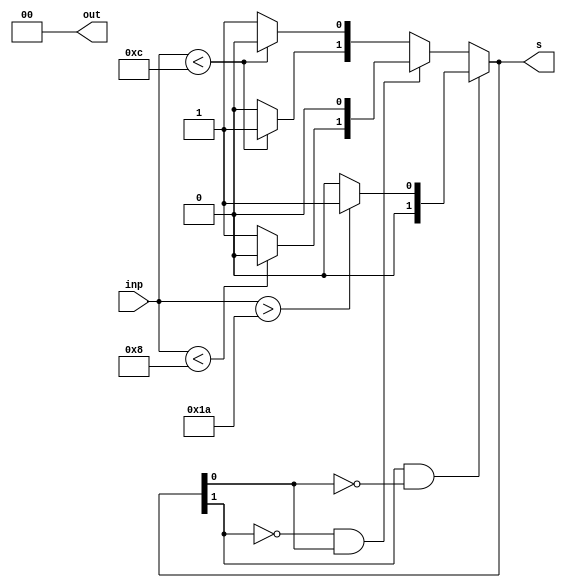
`timescale 1ms/1ms
module fsm(input [4:0] inp, output reg [1:0] out,s);

    reg[1:0] state, next_state;

    initial begin
        state[0]=1'b0;
        state[1]=1'b0;
        next_state[0] = 1'b0;
        next_state[1] = 1'b0;
        out[0]= next_state[0];
        out[1]=next_state[1];
    end

    always @(inp) begin
        if (state[1]==1'b1&&state[0]==1'b0) begin
            if(inp>26) begin
                next_state[0] = 1'b1;
                next_state[1] = 1'b0;
            end
            else if(inp>20)begin
                next_state[0] = 1'b0;
                next_state[1] = 1'b0;
            end    
        end 
        else if (state[1]==1'b0&&state[0]==1'b1) begin
            if(inp<8) begin
                next_state[0] = 1'b0;
                next_state[1] = 1'b0;
            end
            else if(inp<14) begin
                next_state[0] = 1'b0;
                next_state[1] = 1'b1;
            end
        end
        else begin
            if(inp<12) begin
                next_state[0] = 1'b0;
                next_state[1] = 1'b1;
            end
            else if(inp>18) begin
                next_state[0] = 1'b1;
                next_state[1] = 1'b0;
            end
        end
        state[0] = next_state[0];
        state[1] = next_state[1];
        s[0] = next_state[0];
        s[1] = next_state[1];
    end

endmodule


module tb;

    reg [4:0] temp;
    wire [1:0] o, s;

    fsm f(temp, o, s);

    initial begin
        $monitor("Temp= %d s= %b%b",temp,s[1],s[0]);
        temp=18;
        #15;
        temp=12;
        #15;
        temp=27;
        #15;
        temp=5;
        #15;
        temp=28;
        #15;
        temp=13;
        #15;
        temp=35;
        #15;
        temp=15;
        #15;
        temp=17;
        #15;
        temp=2;
        #15;
        temp=31;
        #15;
    end
    
endmodule